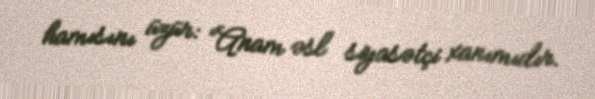
hamısını üzür: “Anam əsl siyasətçi xanımıdır.